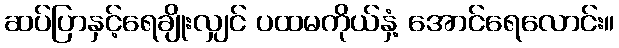
ဆပ်ပြာနှင့်ရေချိုးလျှင် ပထမကိုယ်နှံ့ အောင်ရေလောင်း။